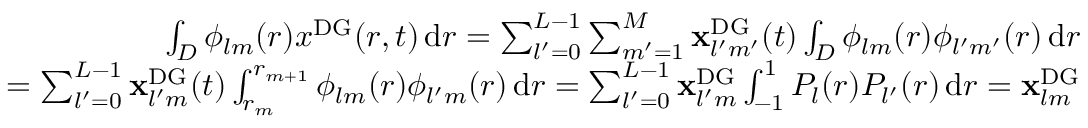
\begin{array} { r l r } & { } & { \int _ { D } \phi _ { l m } ( r ) x ^ { \mathrm { { D G } } } ( r , t ) \, \mathrm { d } r = \sum _ { l ^ { \prime } = 0 } ^ { L - 1 } \sum _ { m ^ { \prime } = 1 } ^ { M } \mathbf { x } _ { l ^ { \prime } m ^ { \prime } } ^ { \mathrm { D G } } ( t ) \int _ { D } \phi _ { l m } ( r ) \phi _ { l ^ { \prime } m ^ { \prime } } ( r ) \, \mathrm { d } r } \\ & { } & { = \sum _ { l ^ { \prime } = 0 } ^ { L - 1 } \mathbf { x } _ { l ^ { \prime } m } ^ { \mathrm { { D G } } } ( t ) \int _ { r _ { m } } ^ { r _ { m + 1 } } \phi _ { l m } ( r ) \phi _ { l ^ { \prime } m } ( r ) \, \mathrm { d } r = \sum _ { l ^ { \prime } = 0 } ^ { L - 1 } \mathbf { x } _ { l ^ { \prime } m } ^ { \mathrm { D G } } \int _ { - 1 } ^ { 1 } P _ { l } ( r ) P _ { l ^ { \prime } } ( r ) \, \mathrm { d } r = \mathbf { x } _ { l m } ^ { \mathrm { { D G } } } } \end{array}